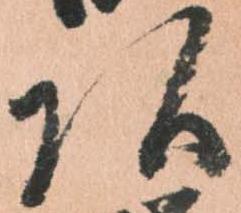
頭